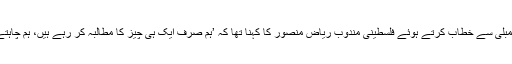
اس موقع پر اقوامِ متحدہ کی جنرل اسمبلی سے خطاب کرتے ہوئے فلسطینی مندوب ریاض منصور کا کہنا تھا کہ ’ہم صرف ایک ہی چیز کا مطالبہ کر رہے ہیں، ہم چاہتے ہیں کہ ہمارے شہری محفوظ ہوں۔